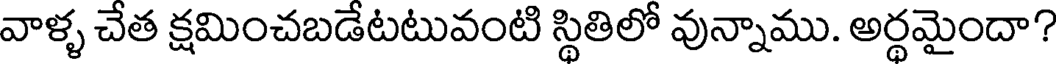
వాళ్ళ చేత క్షమించబడేటటువంటి స్థితిలో వున్నాము. అర్థమైందా?